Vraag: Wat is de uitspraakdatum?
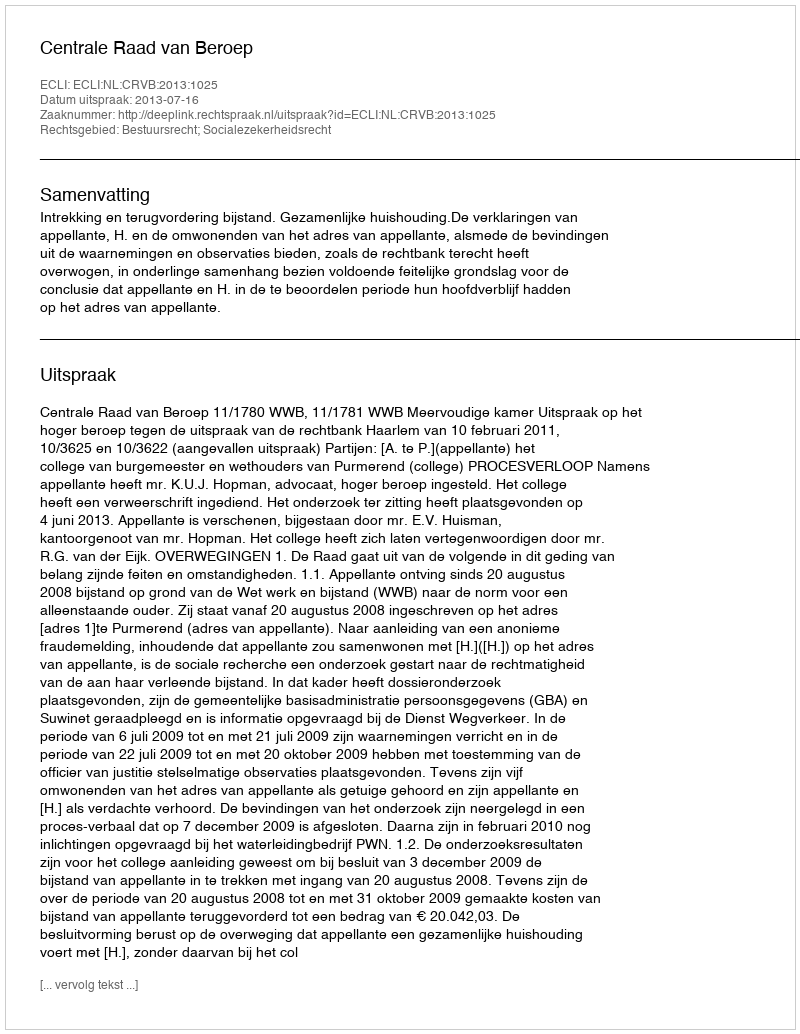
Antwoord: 2013-07-16